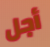
أجل